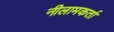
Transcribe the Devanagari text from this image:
नीलामकर्ता